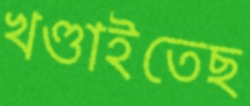
খণ্ডাইতেছ